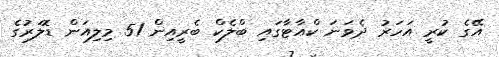
އޭގެ ކުރީ އަހަރު ދެވަނަ ކްއާޓާގައި ބްލެކް ބެރީއިން 51 މިލިއަން ޑޮލަރުގެ